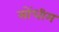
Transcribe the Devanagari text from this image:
सोंधीम